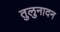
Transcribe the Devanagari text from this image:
तुलुनादन